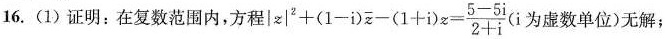
16.(1)证明：在复数范围内，方程$$| z | ^ { 2 } + ( 1 - i ) \overline { z } - ( 1 + i ) z = \frac { 5 - 5 i } { 2 + i }$$(i为虚数单位)无解；